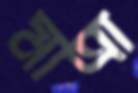
মাত্রা